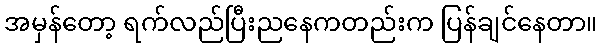
အမှန်တော့ ရက်လည်ပြီးညနေကတည်းက ပြန်ချင်နေတာ။